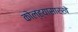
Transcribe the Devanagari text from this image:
कोल्ह्यासारखे